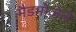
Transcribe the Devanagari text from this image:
मैडमोजेले